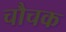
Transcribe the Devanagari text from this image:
चौचक